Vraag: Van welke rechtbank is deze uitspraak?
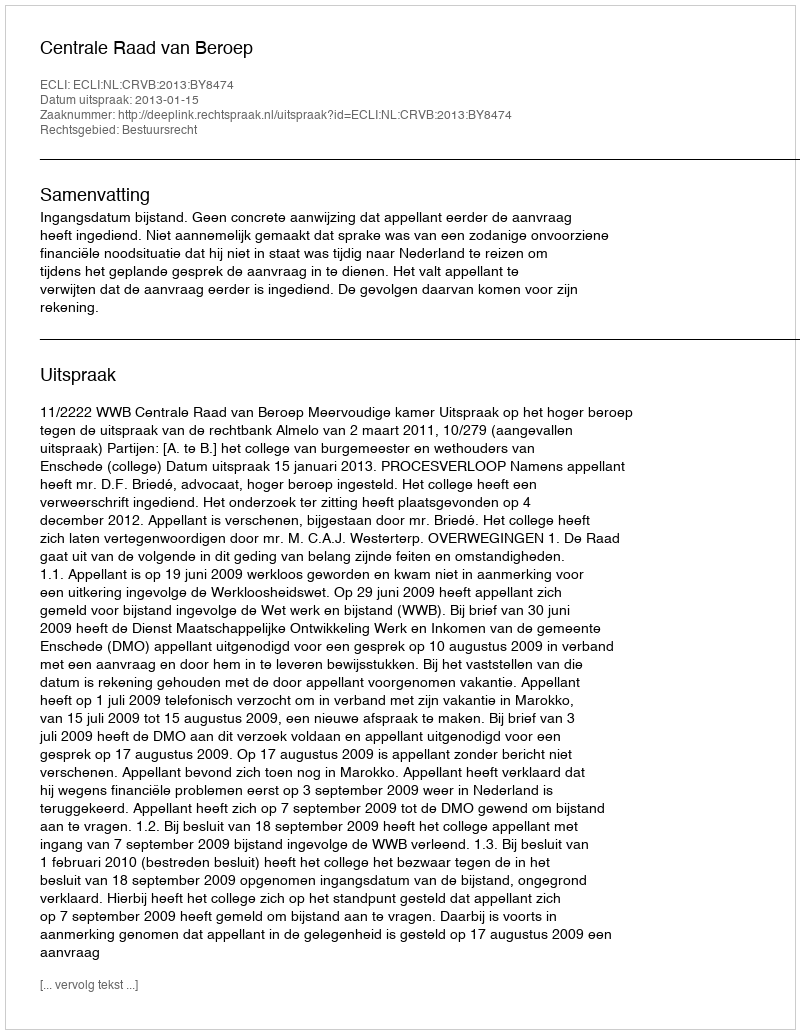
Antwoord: Centrale Raad van Beroep